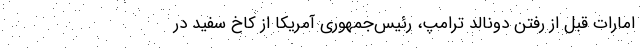
امارات قبل از رفتن دونالد ترامپ، رئیس‌جمهوری آمریکا از کاخ سفید در